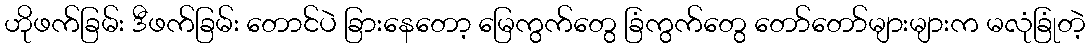
ဟိုဖက်ခြမ်း ဒီဖက်ခြမ်း တောင်ပဲ ခြားနေတော့ မြေကွက်တွေ ခြံကွက်တွေ တော်တော်များများက မလုံခြုံတဲ့